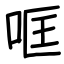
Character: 哐